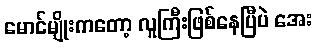
မောင်မျိုးကတော့ လူကြီးဖြစ်နေပြီပဲ အေး